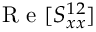
\mathrm { ~ R ~ e ~ } [ S _ { x x } ^ { 1 2 } ]